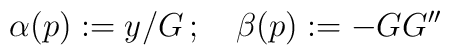
\alpha(p):=y/G\,;\quad \beta(p):=-GG^{\prime\prime}